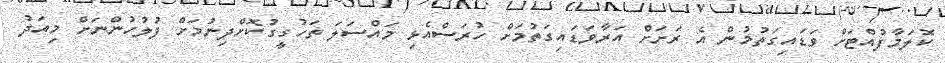
ކޮލަމާފުއްޓަށް ވަޑައިގަތުމުން އެ ރަށަށް އަރާވަޑައިގަތުމަށް ހުރަސްއެޅި މައްސަލަ ތަހުގީގުކޮށްދިނުމަށް ފުލުހުންނަށް މިއަދު